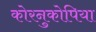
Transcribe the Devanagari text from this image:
कोरनुकोपिया